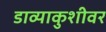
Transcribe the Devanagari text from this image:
डाव्याकुशीवर